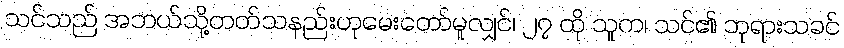
သင်သည် အဘယ်သို့တတ်သနည်းဟုမေးတော်မူလျှင်၊ ၂၇ ထို သူက၊ သင်၏ ဘုရားသခင်